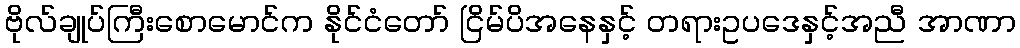
ဗိုလ်ချုပ်ကြီးစောမောင်က နိုင်ငံတော် ငြိမ်ပိအနေနှင့် တရားဥပဒေနှင့်အညီ အာဏာ